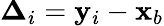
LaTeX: \boldsymbol{\Delta}_{i}=\mathbf{y}_{i}-\mathbf{x}_{b}